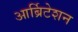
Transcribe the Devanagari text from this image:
आर्ब्रिटेशन